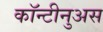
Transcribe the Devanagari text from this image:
कॉन्टीनुअस